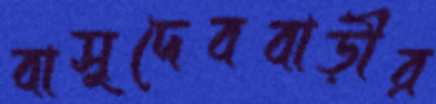
বাসুদেববাড়ীর